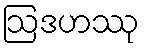
ဩဒဟဿု